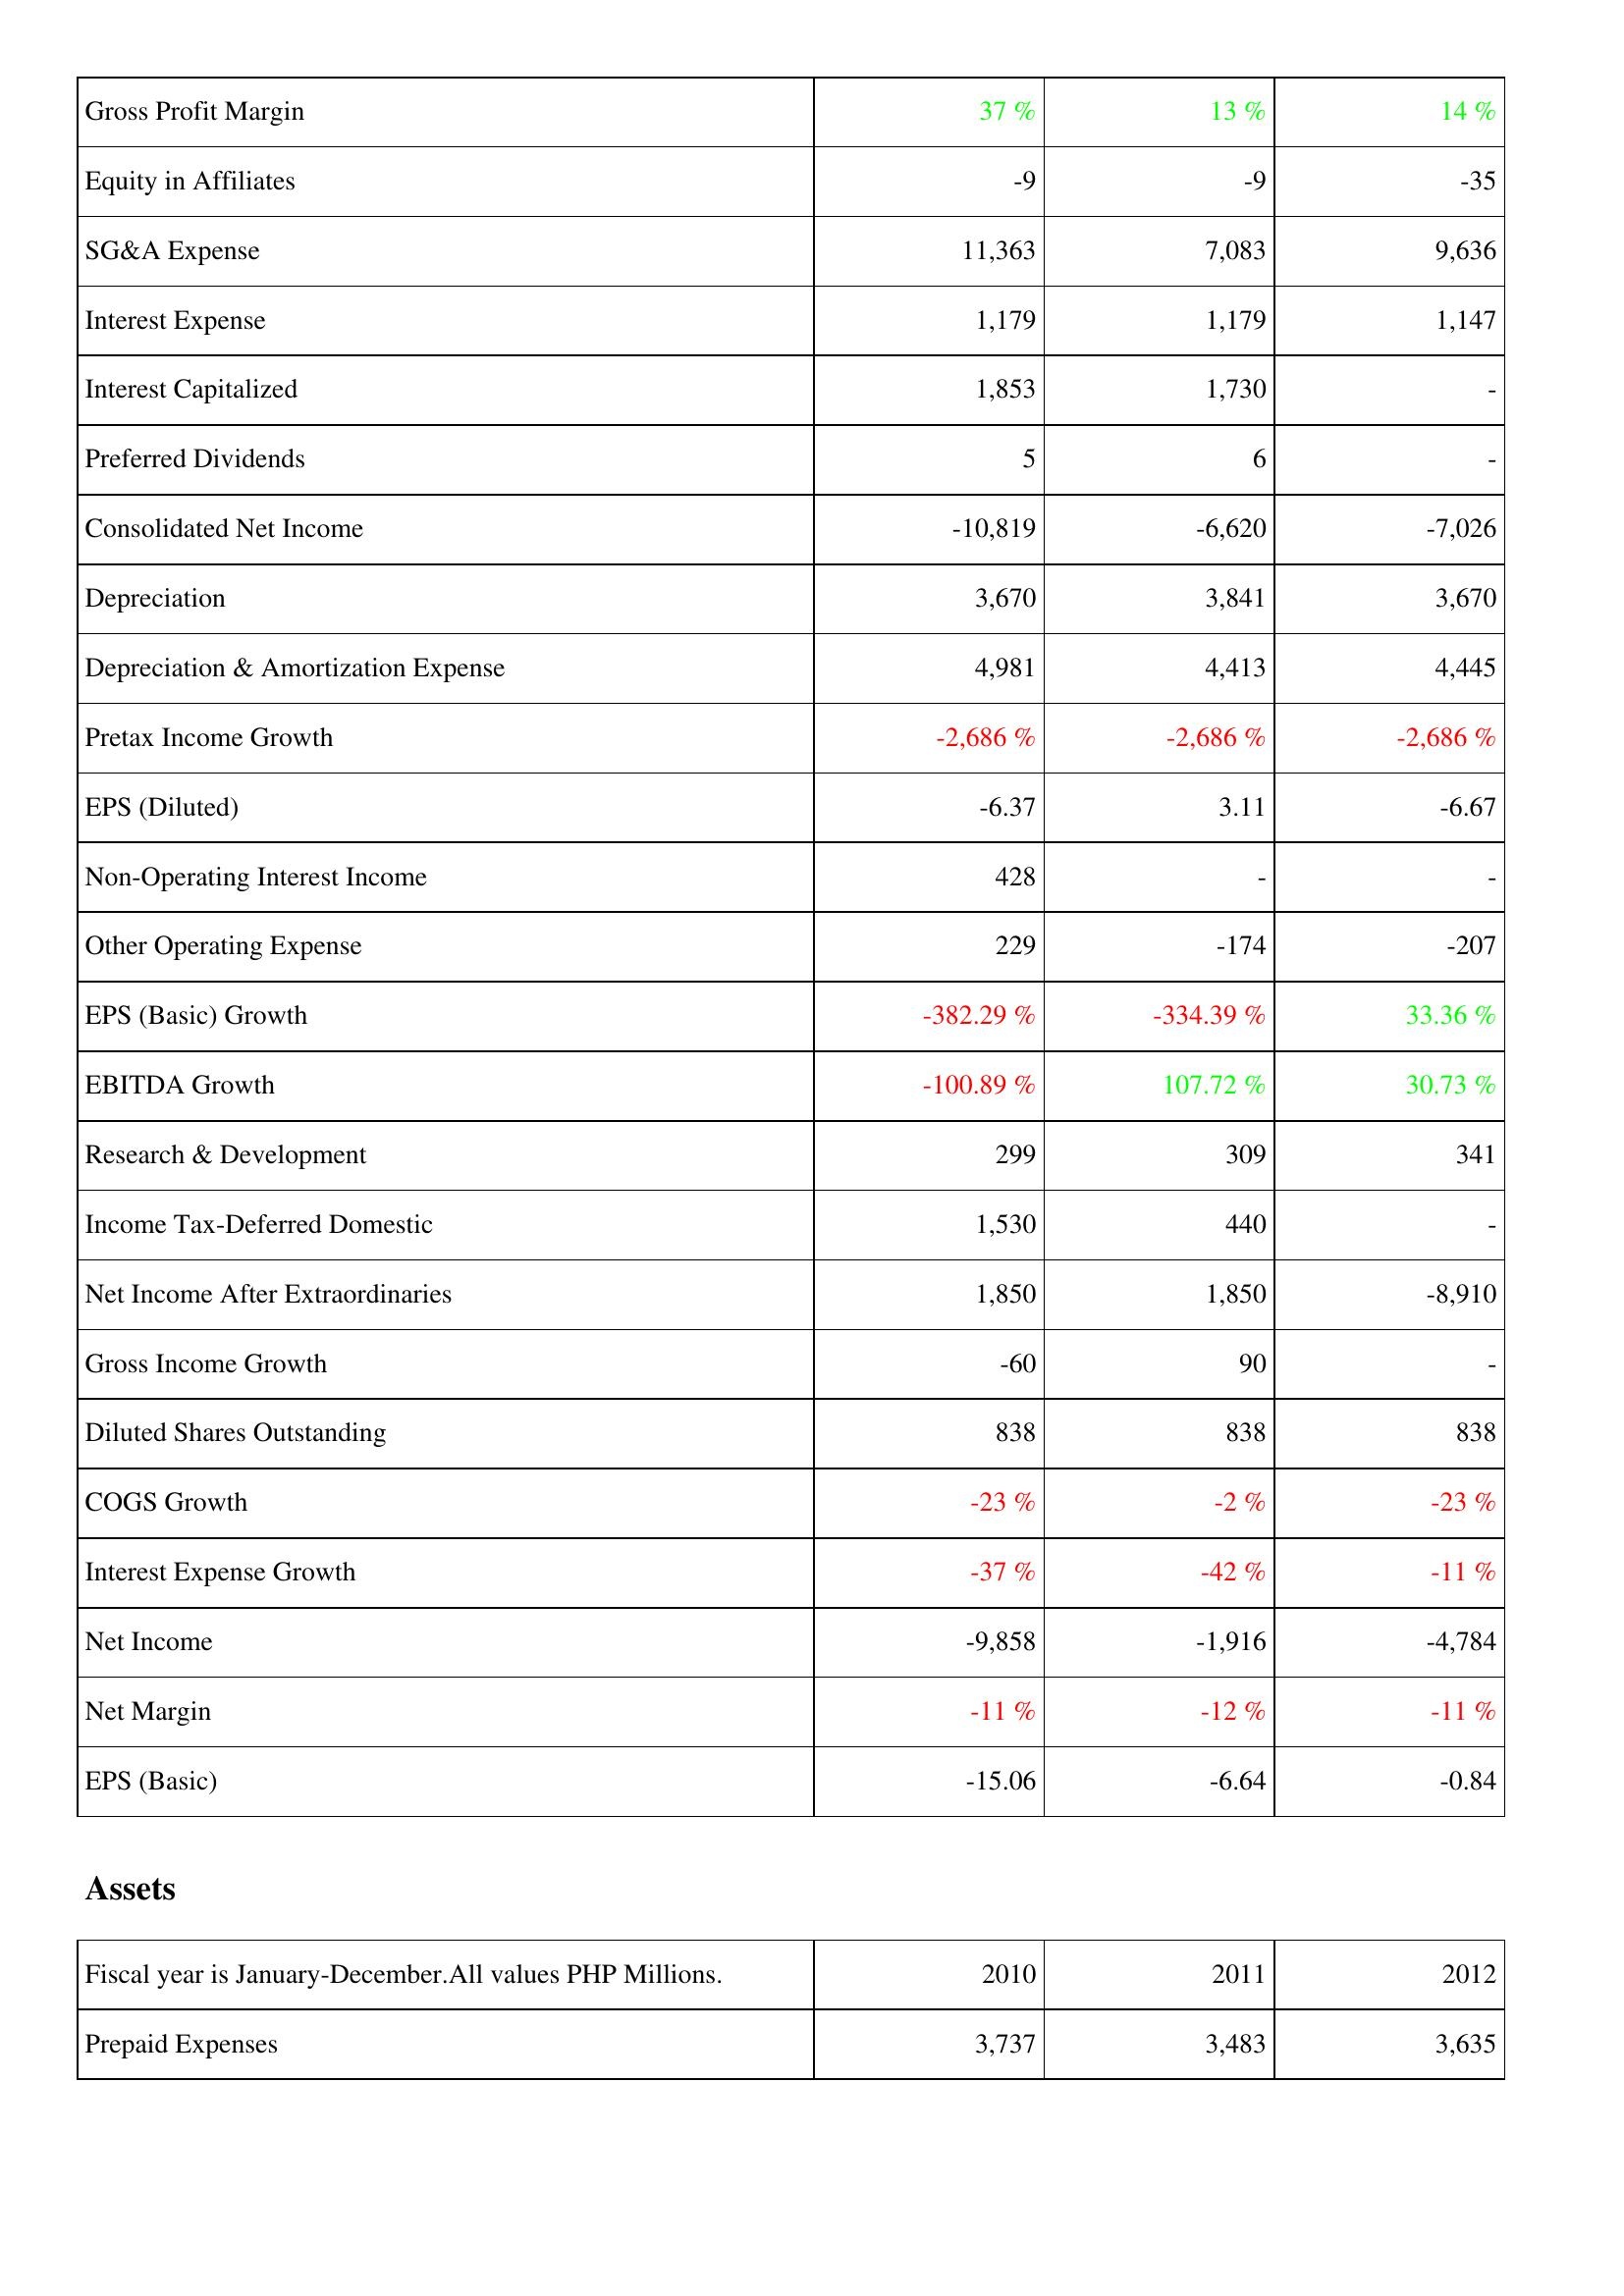
2010: Income Statement: Gross Profit Margin: 37 %
Equity in Affiliates: -9
SG&A Expense: 11,363
Interest Expense: 1,179
Interest Capitalized: 1,853
Preferred Dividends: 5
Consolidated Net Income: -10,819
Depreciation: 3,670
Depreciation & Amortization Expense: 4,981
Pretax Income Growth: -2,686 %
EPS (Diluted): -6.37
Non-Operating Interest Income: 428
Other Operating Expense: 229
EPS (Basic) Growth: -382.29 %
EBITDA Growth: -100.89 %
Research & Development: 299
Income Tax-Deferred Domestic: 1,530
Net Income After Extraordinaries: 1,850
Gross Income Growth: -60
Diluted Shares Outstanding: 838
COGS Growth: -23 %
Interest Expense Growth: -37 %
Net Income: -9,858
Net Margin: -11 %
EPS (Basic): -15.06
Assets: Prepaid Expenses: 3,737
2011: Income Statement: Gross Profit Margin: 13 %
Equity in Affiliates: -9
SG&A Expense: 7,083
Interest Expense: 1,179
Interest Capitalized: 1,730
Preferred Dividends: 6
Consolidated Net Income: -6,620
Depreciation: 3,841
Depreciation & Amortization Expense: 4,413
Pretax Income Growth: -2,686 %
EPS (Diluted): 3.11
Non-Operating Interest Income: -
Other Operating Expense: -174
EPS (Basic) Growth: -334.39 %
EBITDA Growth: 107.72 %
Research & Development: 309
Income Tax-Deferred Domestic: 440
Net Income After Extraordinaries: 1,850
Gross Income Growth: 90
Diluted Shares Outstanding: 838
COGS Growth: -2 %
Interest Expense Growth: -42 %
Net Income: -1,916
Net Margin: -12 %
EPS (Basic): -6.64
Assets: Prepaid Expenses: 3,483
2012: Income Statement: Gross Profit Margin: 14 %
Equity in Affiliates: -35
SG&A Expense: 9,636
Interest Expense: 1,147
Interest Capitalized: -
Preferred Dividends: -
Consolidated Net Income: -7,026
Depreciation: 3,670
Depreciation & Amortization Expense: 4,445
Pretax Income Growth: -2,686 %
EPS (Diluted): -6.67
Non-Operating Interest Income: -
Other Operating Expense: -207
EPS (Basic) Growth: 33.36 %
EBITDA Growth: 30.73 %
Research & Development: 341
Income Tax-Deferred Domestic: -
Net Income After Extraordinaries: -8,910
Gross Income Growth: -
Diluted Shares Outstanding: 838
COGS Growth: -23 %
Interest Expense Growth: -11 %
Net Income: -4,784
Net Margin: -11 %
EPS (Basic): -0.84
Assets: Prepaid Expenses: 3,635